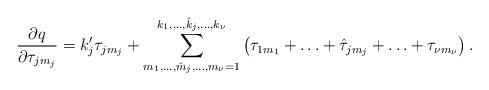
LaTeX: \begin{align*}\frac{\partial q}{\partial \tau_{j m_j}} = k'_j \tau_{j m_j} + \sum_{m_1,\ldots,\hat{m}_j,\ldots,m_{\nu}=1}^{k_1,\ldots,\hat{k}_j,\ldots,k_{\nu}} \left(\tau_{1 m_1}+\ldots+\hat{\tau}_{j m_j}+\ldots+\tau_{\nu m_{\nu}} \right). \end{align*}